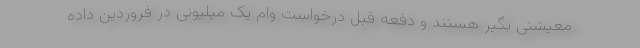
معیشتی بگیر هستند و دفعه قبل درخواست وام یک میلیونی در فروردین داده